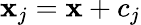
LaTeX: \mathbf{x}_{j}=\mathbf{x}+c_{j}